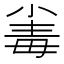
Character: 𣫶